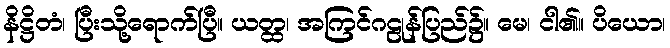
နိဋ္ဌိတံ၊ ပြီးသို့ရောက်ပြီ။ ယတ္ထ၊ အကြင်ဂဠုန်ပြည်၌။ မေ၊ ငါ၏။ ပိယော၊